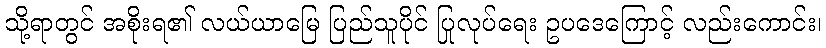
သို့ရာတွင် အစိုးရ၏ လယ်ယာမြေ ပြည်သူပိုင် ပြုလုပ်ရေး ဥပဒေကြောင့် လည်းကောင်း၊